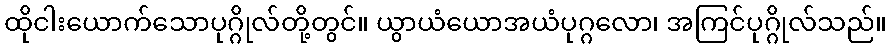
ထိုငါးယောက်သောပုဂ္ဂိုလ်တို့တွင်။ ယွာယံယောအယံပုဂ္ဂလော၊ အကြင်ပုဂ္ဂိုလ်သည်။